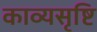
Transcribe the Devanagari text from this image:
काव्यसृष्टि